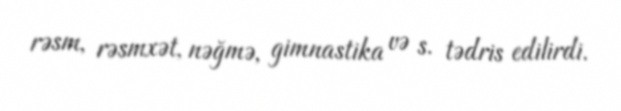
rəsm, rəsmxət, nəğmə, gimnastika və s. tədris edilirdi.